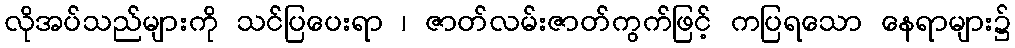
လိုအပ်သည်များကို သင်ပြပေးရာ ၊ ဇာတ်လမ်းဇာတ်ကွက်ဖြင့် ကပြရသော နေရာများ၌